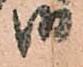
御